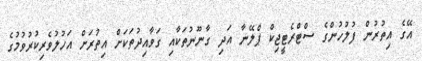
އޭގެ އިތުުރުން ފުލުހުންގެ ސްޓްރެޓީޖިކް ޕްލޭނާ އަދި ގާނޫނުތަކާއި ގަވާއިދުތަކަށް އިތުރަށް އަހުލުވެރިކުރުވުމުގެ